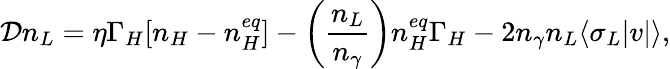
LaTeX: {\cal D}n_{L}=\eta\Gamma_{H}[n_{H}-n_{H}^{eq}]-\left(\frac{n_{L}}{n_{\gamma}}\right)n_{H}^{eq}\Gamma_{H}-2n_{\gamma}n_{L}\langle\sigma_{L}|v|\rangle,